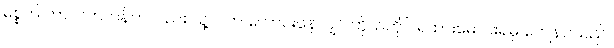
မစ္စက် တာလက်တန်ကလည်း သူ့လက် ကောင်းနေလျှင် ကိုယ်တိုင် ရထားမောင်းရမှ ကျေနပ်သည်။